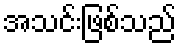
အသင်းဖြစ်သည်